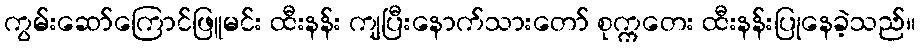
ကွမ်းဆော်ကြောင်ဖြူမင်း ထီးနန်း ကျပြီးနောက်သားတော် စုက္ကတေး ထီးနန်းပြုနေခဲ့သည်။